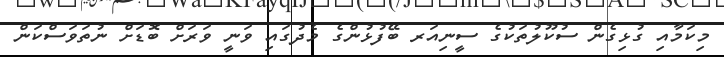
މިކަމާއި ގުޅިގެން ސުކޫލުތަކުގެ ސީނިއަރ ބޭފުޅުންގެ މެދުގައި ވަނީ ވަރަށް ބޮޑަށް ނުތަވަސްކަން